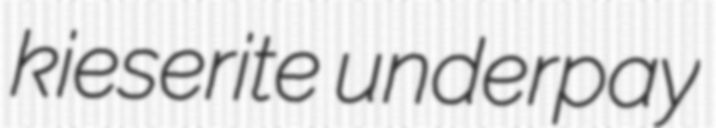
kieserite underpay